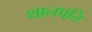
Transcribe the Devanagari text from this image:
थानपत्ति